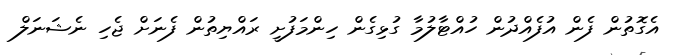
އެގޮތުން ފެން އުފެއްދުން ހުއްޓާލުމާ ގުޅިގެން ހިންމަފުށީ ރައްޔިތުން ފެނަށް ޖެހި ނެޝަނަލް